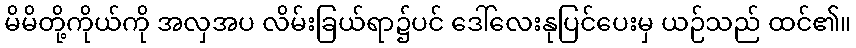
မိမိတို့ကိုယ်ကို အလှအပ လိမ်းခြယ်ရာ၌ပင် ဒေါ်လေးနုပြင်ပေးမှ ယဉ်သည် ထင်၏။